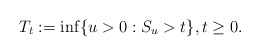
\begin{align*}T_t:=\inf\{u>0: S_u>t\},t\geq 0. \end{align*}